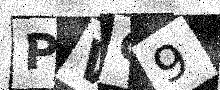
Text: PVC9